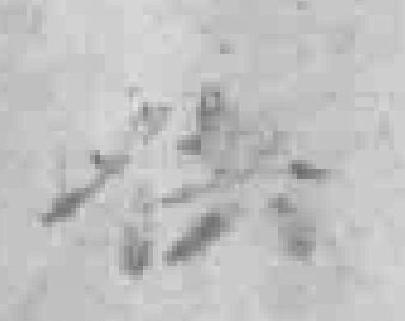
供